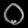
Digit: ၀